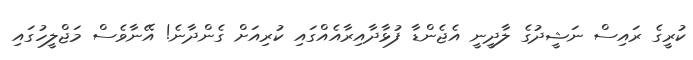
ކުރީގެ ރައިސް ނަޝީދުގެ ލާދީނީ އެޖެންޑާ ފުޅާދާއިރާއެއްގައި ކުރިއަށް ގެންދާނެ! އޭނާވެސް މަޖްލީހުގައި